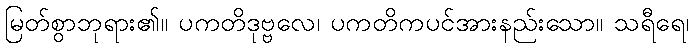
မြတ်စွာဘုရား၏။ ပကတိဒုဗ္ဗလေ၊ ပကတိကပင်အားနည်းသော။ သရီရေ၊